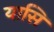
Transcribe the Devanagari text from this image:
यासि